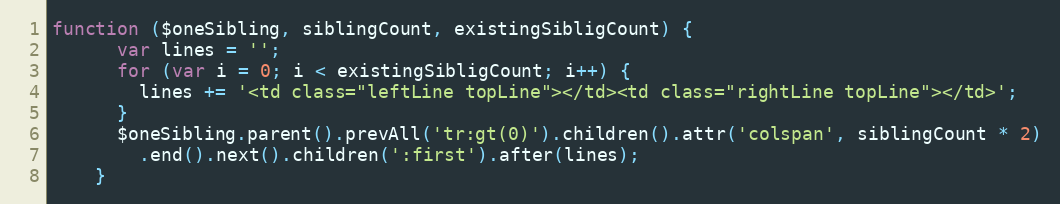
Language: JavaScript
function ($oneSibling, siblingCount, existingSibligCount) {
      var lines = '';
      for (var i = 0; i < existingSibligCount; i++) {
        lines += '<td class="leftLine topLine"></td><td class="rightLine topLine"></td>';
      }
      $oneSibling.parent().prevAll('tr:gt(0)').children().attr('colspan', siblingCount * 2)
        .end().next().children(':first').after(lines);
    }